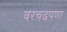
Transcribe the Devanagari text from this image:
वरचढपणा